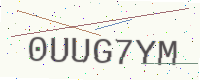
Text: 0UUG7YM